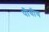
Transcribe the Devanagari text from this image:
पौधीय